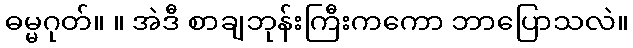
ဓမ္မဂုတ်။ ။ အဲဒီ စာချဘုန်းကြီးကကော ဘာပြောသလဲ။